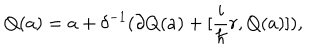
Q ( a ) = a + \delta ^ { - 1 } ( \partial Q ( a ) + [ \frac { i } { \hbar } r , Q ( a ) ] ) ,